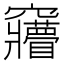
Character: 𮄦